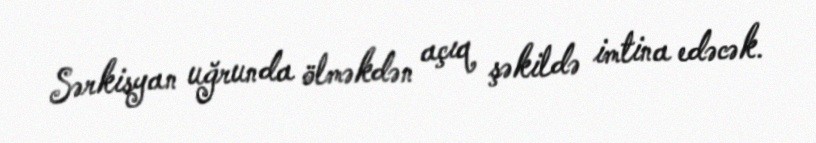
Sərkisyan uğrunda ölməkdən açıq şəkildə imtina edəcək.